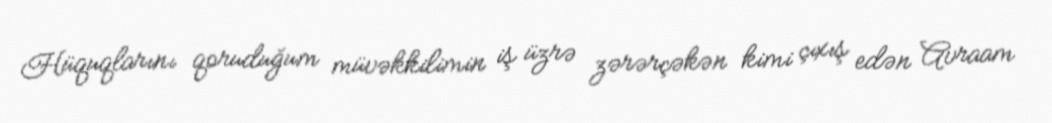
Hüquqlarını qoruduğum müvəkkilimin iş üzrə zərərçəkən kimi çıxış edən Avraam